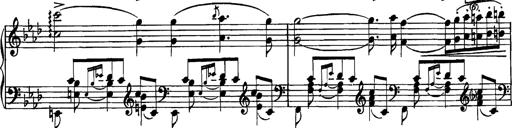
Title: Grandes Etudes
Composer: Franz Liszt